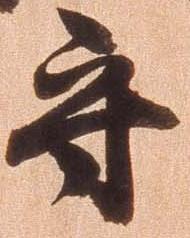
守